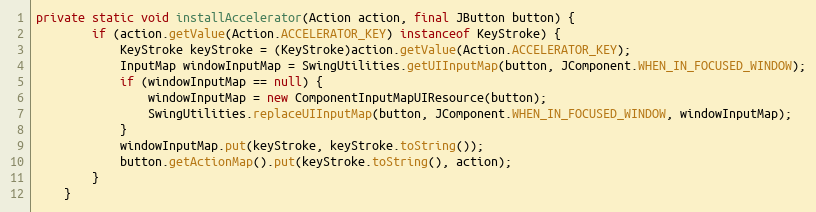
Language: Java
private static void installAccelerator(Action action, final JButton button) {
		if (action.getValue(Action.ACCELERATOR_KEY) instanceof KeyStroke) {
			KeyStroke keyStroke = (KeyStroke)action.getValue(Action.ACCELERATOR_KEY);
			InputMap windowInputMap = SwingUtilities.getUIInputMap(button, JComponent.WHEN_IN_FOCUSED_WINDOW);
			if (windowInputMap == null) {
				windowInputMap = new ComponentInputMapUIResource(button);
				SwingUtilities.replaceUIInputMap(button, JComponent.WHEN_IN_FOCUSED_WINDOW, windowInputMap);
			}
			windowInputMap.put(keyStroke, keyStroke.toString());
			button.getActionMap().put(keyStroke.toString(), action);
		}
	}